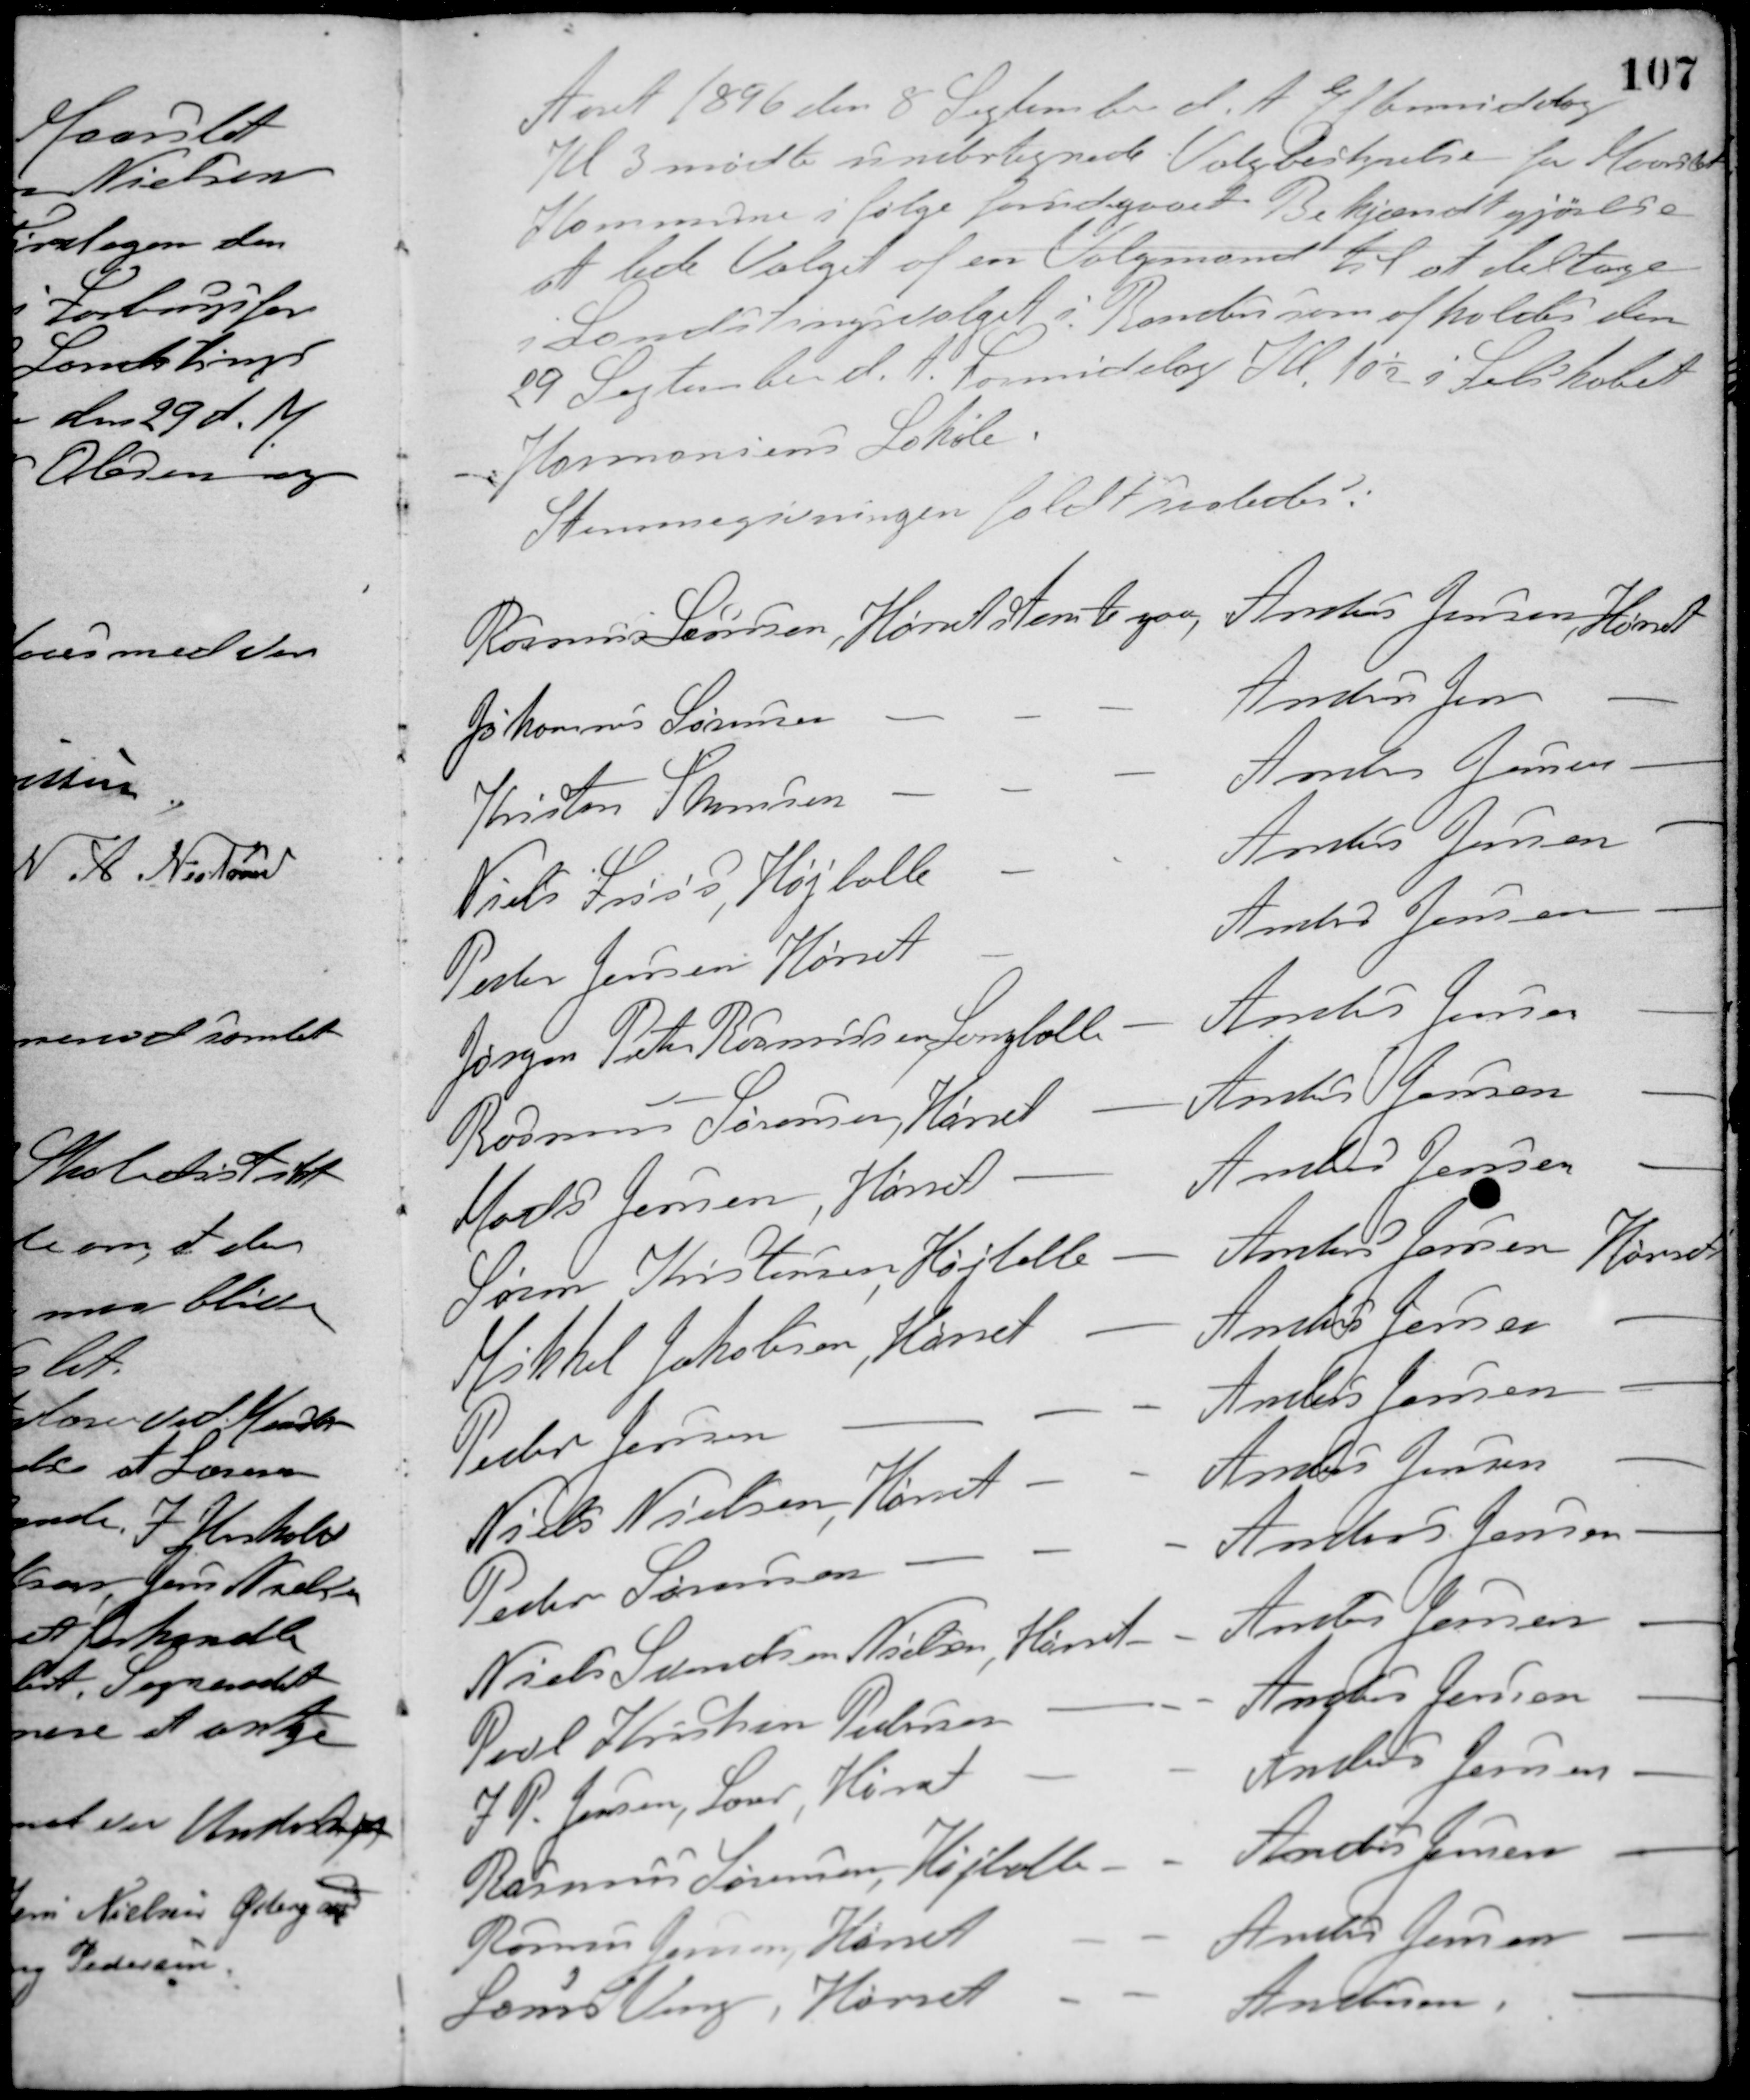
Transskription:
Aaret 1896 den 8 September d. A. Eftermiddag
Kl. 3 mødte undertegnede Valgbestyrelse for Maarslet
Kommune i følge forudgaaet Bekjændtgjørelse
at lede Valget af en Valgmand til at deltage
i Landstingsvalget i Randers som afholdes den
29 September d. A. Formiddag Kl. 10½ i Selskabet
Harmoniens Lokale.
Stemmegivningen faldt saaledes:
Rasmus Sørensen, Hørret stemte paa Anders Jensen, Hørret
Johanns Sørensen - - - Anders Jensen -
Kristen Thomsen - - - Anders Jensen -
Niels Friss, Højballe - Anders Jensen -
Peter Jensen, Hørret - Anders Jensen -
Jørgen Peter Rasmussen, Langballe - Anders Jensen -
Rasmus Sørensen, Hørret - Anders Jensen -
Mads Jensen, Hørret - Anders Jensen -
Søren Kristensen, Højballe - Anders Jensen Hørret
Mikkel Jakobsen, Hørret - Anders Jensen -
Peder Jensen - - - Anders Jensen -
Niels Nielsen, Hørret - - Anders Jensen -
Peder Sørensen - - - Anders Jensen -
Niels Svendsen Nielsen, Hørret - - Anders Jensen -
Poul Kristen Pedersen - - - Anders Jensen -
J. P. Jensen, Laur, Hørret - - Anders Jensen -
Rasmus Sørensen, Højballe - - Anders Jensen -
Rasmus Jensen, Hørret - - Anders Jensen -
Laurs Veng, Hørret - - Andersen, -